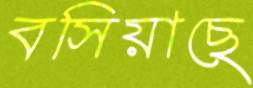
বসিয়াছে